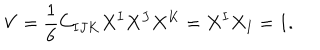
LaTeX: { V } = { \frac { 1 } { 6 } } C _ { I J K } X ^ { I } X ^ { J } X ^ { K } = X ^ { I } X _ { I } = 1 .